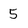
Character: 5